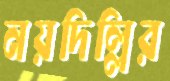
নয়দিল্লির